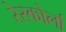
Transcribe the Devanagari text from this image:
रेस्कोर्ला